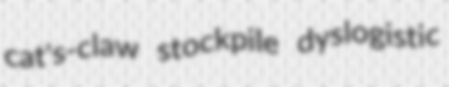
cat's-claw stockpile dyslogistic